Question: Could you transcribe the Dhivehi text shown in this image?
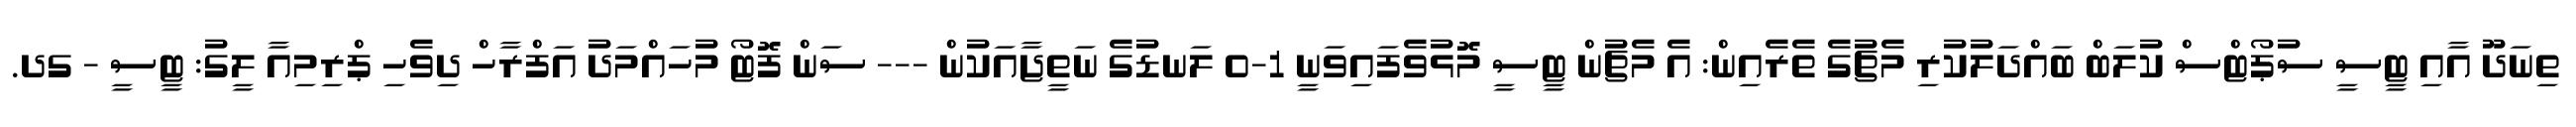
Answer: ތިނަދޫ އާއި ޓީސީ ސުޕޯޓްސް ކުލަބް ބައްދަލުކުރި މެޗުގެ ތެރެއިން: އެ މެޗުން ޓީސީ މޮޅުވެފައިވަނީ 1-0 ލަނޑުގެ ނަތީޖާއަކުން --- ސަން ފޮޓޯ މުހައްމަދު އަފްރާހް ދިވެހި ޕްރިމިއާ ލީގު: ޓީސީ - ގދ.